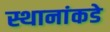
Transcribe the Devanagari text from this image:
स्थानांकडे